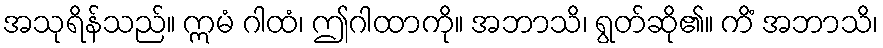
အသုရိန်သည်။ ဣမံ ဂါထံ၊ ဤဂါထာကို။ အဘာသိ၊ ရွတ်ဆို၏။ ကိံ အဘာသိ၊